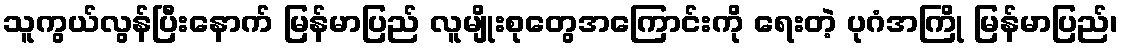
သူကွယ်လွန်ပြီးနောက် မြန်မာပြည် လူမျိုးစုတွေအကြောင်းကို ရေးတဲ့ ပုဂံအကြို မြန်မာပြည်၊